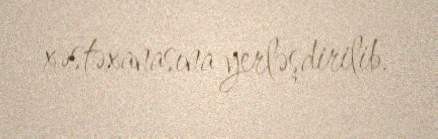
xəstəxanasına yerləşdirilib.